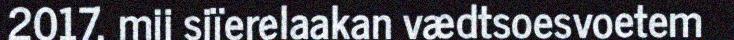
2017, mij sjïerelaakan vædtsoesvoetem